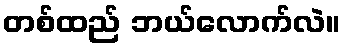
တစ်ထည် ဘယ်လောက်လဲ။